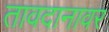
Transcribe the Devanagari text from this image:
तावदानावर